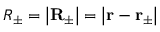
R _ { \pm } = \left| \mathbf { R } _ { \pm } \right| = \left| \mathbf { r } - \mathbf { r } _ { \pm } \right|